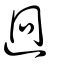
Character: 迥